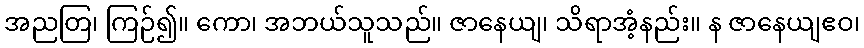
အညတြ၊ ကြဉ်၍။ ကော၊ အဘယ်သူသည်။ ဇာနေယျ၊ သိရာအံ့နည်း။ န ဇာနေယျဧဝ၊